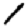
Digit: 1